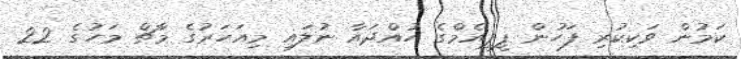
ކަމުން ވަކިކުރި ފަހުން ޕީޕީއެމްގެ ހުއްދައާ ނުލައި މިއަހަރުގެ މާޗް މަހުގެ 22